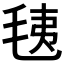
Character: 𣭯